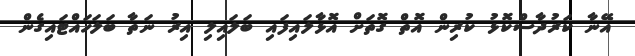
އޭނާ ކަރުދާސްކޮޅު ކުރިން އޮތް ގޮތަށް އޮޅާލައިފައި ބަލައިލި އިރު ނަތާ ބަލަހައްޓައިގެން